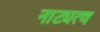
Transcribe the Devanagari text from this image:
नाट्यत्व